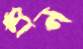
স্কান